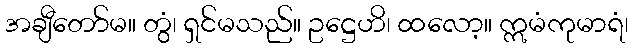
အချီတော်မ။ တွံ၊ ရှင်မသည်။ ဥဋ္ဌေဟိ၊ ထလော့။ ဣမံကုမာရံ၊